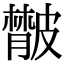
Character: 𦡨